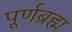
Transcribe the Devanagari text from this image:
पूर्णब्रह्म